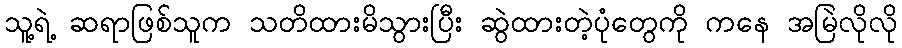
သူ့ရဲ့ ဆရာဖြစ်သူက သတိထားမိသွားပြီး ဆွဲထားတဲ့ပုံတွေကို ကနေ အမြဲလိုလို